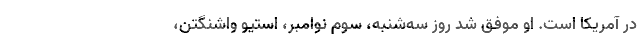
در آمریکا است. او موفق شد روز سه‌شنبه، سوم نوامبر، استیو واشنگتن،